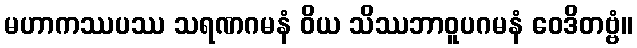
မဟာကဿပဿ သရဏဂမနံ ဝိယ သိဿဘာဝူပဂမနံ ဝေဒိတဗ္ဗံ။